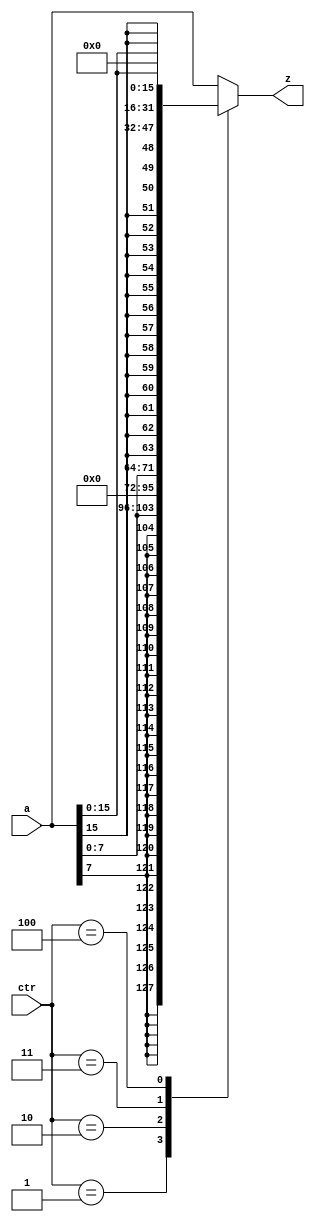
`timescale 1ns / 1ps
//////////////////////////////////////////////////////////////////////////////////
// Company: 
// Engineer: 
// 
// Design Name: 
// Module Name: L_Trans
// Project Name: 
// Target Devices: 
// Tool Versions: 
// Description: 
// 
// Dependencies: 
// 
// Revision:
// Revision 0.01 - File Created
// Additional Comments:
// 
//////////////////////////////////////////////////////////////////////////////////


module L_Trans(
    input [31:0] a,
    input [2:0]ctr,
    
    output [31:0] z
    );
    reg [31:0] temp;
    always@(*)begin
        case(ctr)
            //lb
            3'b001:temp<={{24{a[7]}},a[7:0]};
            //lbu
            3'b010:temp<={{24{1'b0}},a[7:0]};
            //lh
            3'b011:temp<={{16{a[15]}},a[15:0]};
            //lhu
            3'b100:temp<={{16{1'b0}},a[15:0]};
            default:temp<=a;
        endcase
    end
    assign z=temp;
endmodule